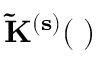
\mathbf { \Tilde { K } ^ { ( s ) } ( \omega ) }